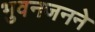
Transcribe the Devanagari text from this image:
भुवनजनने